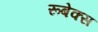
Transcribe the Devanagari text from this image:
रूबेक्स